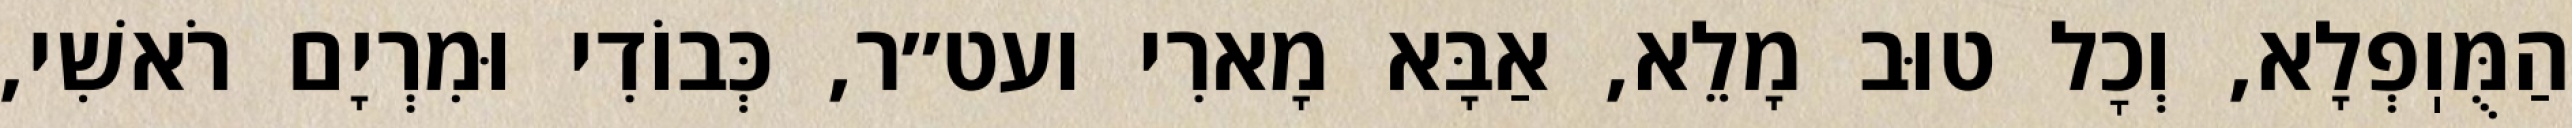
הַמֻּוֽפְלָא, וְכׇל טוּב מָלֵא, אַבָּא מָארִי ועט״ר, כְּבוֹדִי וּמִרְיָם רֹאשִׁי,